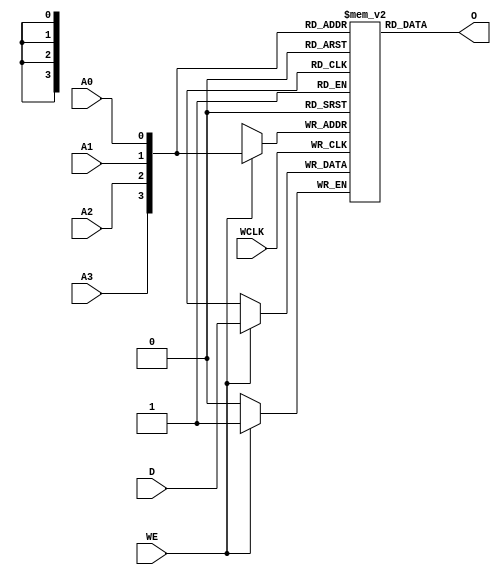
// $Header: /devl/xcs/repo/env/Databases/CAEInterfaces/verunilibs/s/RAM16X1S.v,v 1.8 2003/01/21 01:55:41 wloo Exp $

/*

FUNCTION	: 16x1 Static RAM with synchronous write capability

*/

`timescale  100 ps / 10 ps


module RAM16X1S (O, A0, A1, A2, A3, D, WCLK, WE);

    parameter INIT = 16'h0000;

    output O;

    input  A0, A1, A2, A3, D, WCLK, WE;

    reg  mem [15:0];
    reg  [4:0] count;
    wire [3:0] adr;
    wire d_in, wclk_in, we_in;

    buf b_d    (d_in, D);
    buf b_wclk (wclk_in, WCLK);
    buf b_we   (we_in, WE);

    buf b_a3 (adr[3], A3);
    buf b_a2 (adr[2], A2);
    buf b_a1 (adr[1], A1);
    buf b_a0 (adr[0], A0);

    buf b_o (O, o_int);

    buf b_o_int (o_int, mem[adr]);

    initial
    begin
	for (count = 0; count < 16; count = count + 1)
	    mem[count] <= INIT[count];
    end

    always @(posedge wclk_in)
    begin
	if (we_in == 1'b1)
	    mem[adr] <= d_in;
    end

    specify
	if (WE)
	    (WCLK => O) = (0, 0);

	(A3 => O) = (0, 0);
	(A2 => O) = (0, 0);
	(A1 => O) = (0, 0);
	(A0 => O) = (0, 0);
    endspecify

endmodule